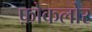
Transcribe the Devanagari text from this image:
फ़ोकलोर